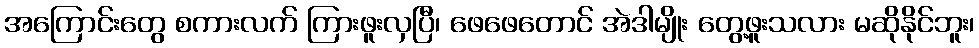
အကြောင်းတွေ စကားလက် ကြားဖူးလှပြီ၊ ဖေဖေတောင် အဲဒါမျိုး တွေ့ဖူးသလား မဆိုနိုင်ဘူး၊